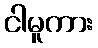
ငါမူကား